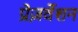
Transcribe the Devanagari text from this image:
प्रेज़र्वेशन